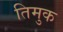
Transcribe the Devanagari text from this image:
तिमुक